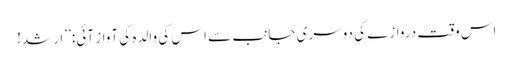
اس وقت دروازے کی دوسری جانب سے اس کی والدہ کی آواز آئی: ’’ارشد!